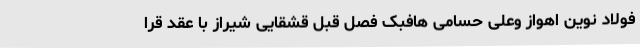
فولاد نوین اهواز وعلی حسامی هافبک فصل قبل قشقایی شیراز با عقد قرا